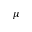
\mu